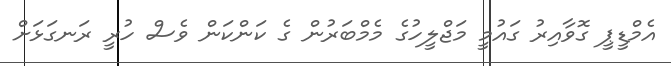
އެމްޑީޕީ ގޮވާއިރު ގައުމީ މަޖްލީހުގެ މެމްބަރުން ގެ ކަންކަން ވެސް ހުރީ ރަނގަޅަށް